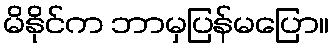
မိနိုင်က ဘာမှပြန်မပြော။